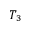
T _ { 3 }